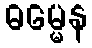
ဓမ္မေန